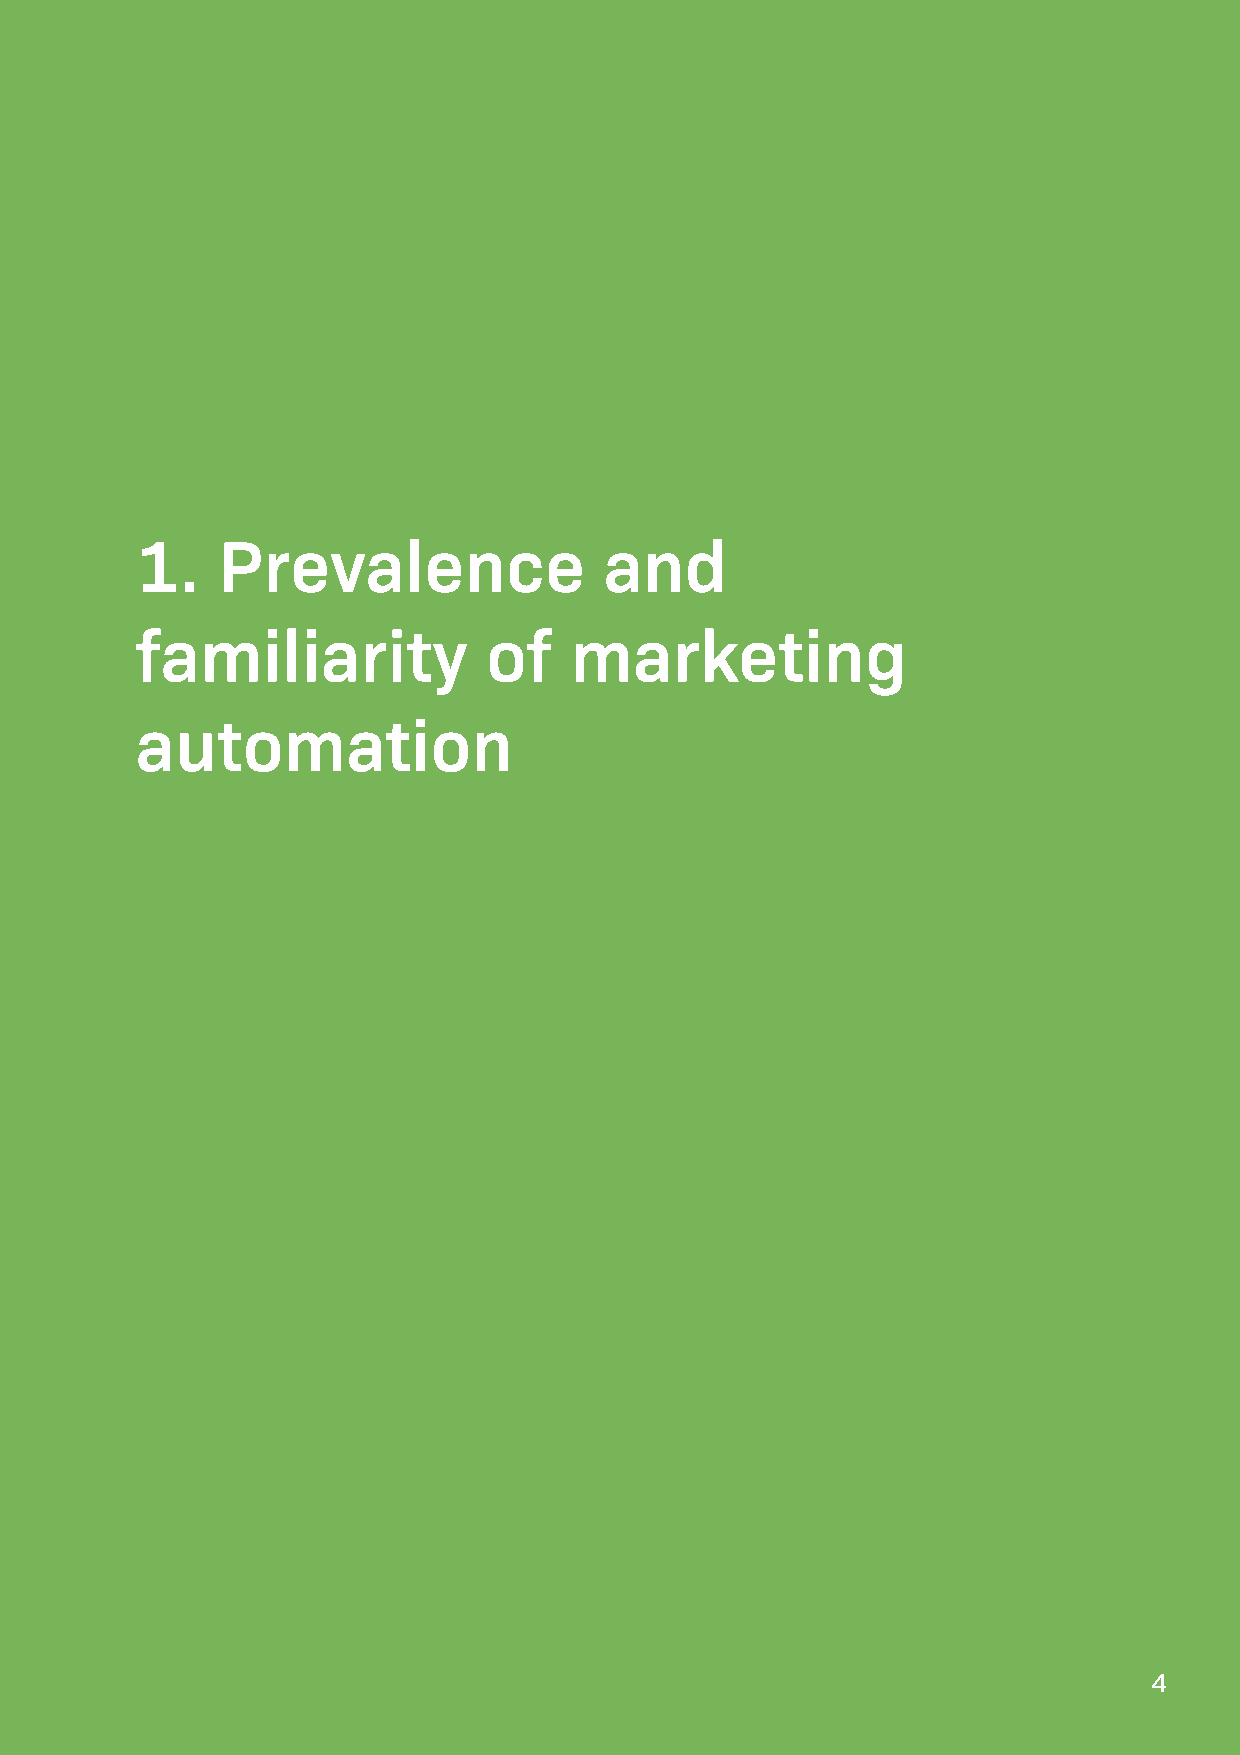

 1.   Prevalence                and
 familiarity            of    marketing
 automation
 4